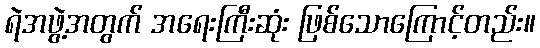
ရဲအဖွဲ့အတွက် အရေးကြီးဆုံး ဖြစ်သောကြောင့်တည်း။